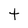
Character: t